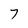
Character: 7